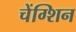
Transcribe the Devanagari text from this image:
चेंग्शिन